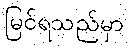
မြင်ရသည်မှာ